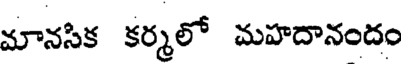
మానసిక కర్మలో మహదానందం